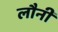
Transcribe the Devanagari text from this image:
लौनी